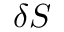
\delta S